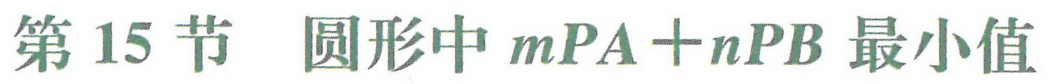
第15节  圆形中$mPA + nPB$最小值